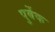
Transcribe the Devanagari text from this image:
पुर्बेक